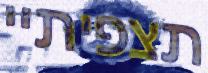
תצפיתיי